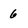
Character: 6